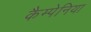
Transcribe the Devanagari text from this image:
कैम्पेनिया